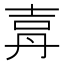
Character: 𡔤